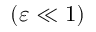
( \varepsilon \ll 1 )